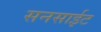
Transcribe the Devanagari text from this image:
सनसाईट